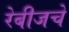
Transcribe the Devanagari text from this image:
रेबीजचे